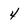
Character: 4